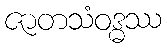
ဇာတသံဝဒ္ဓဿ